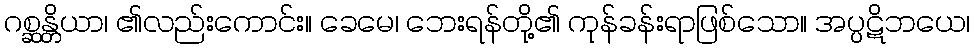
ဂစ္ဆန္တိယာ၊ ၏လည်းကောင်း။ ခေမေ၊ ဘေးရန်တို့၏ ကုန်ခန်းရာဖြစ်သော။ အပ္ပဋိဘယေ၊